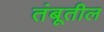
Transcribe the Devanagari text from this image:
तंबूतील